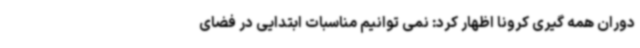
دوران همه گیری کرونا اظهار کرد: نمی توانیم مناسبات ابتدایی در فضای